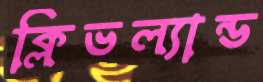
ক্লিভল্যান্ড